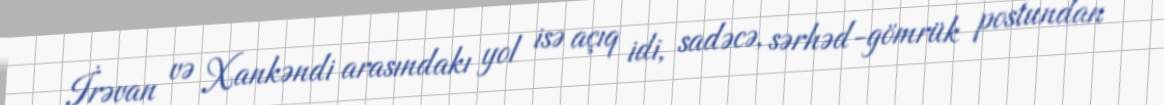
İrəvan və Xankəndi arasındakı yol isə açıq idi, sadəcə, sərhəd-gömrük postundan